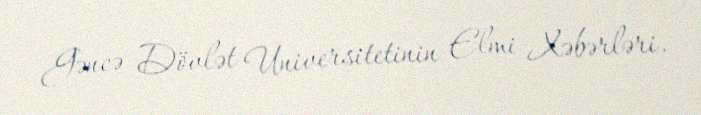
Gəncə Dövlət Universitetinin Elmi Xəbərləri.